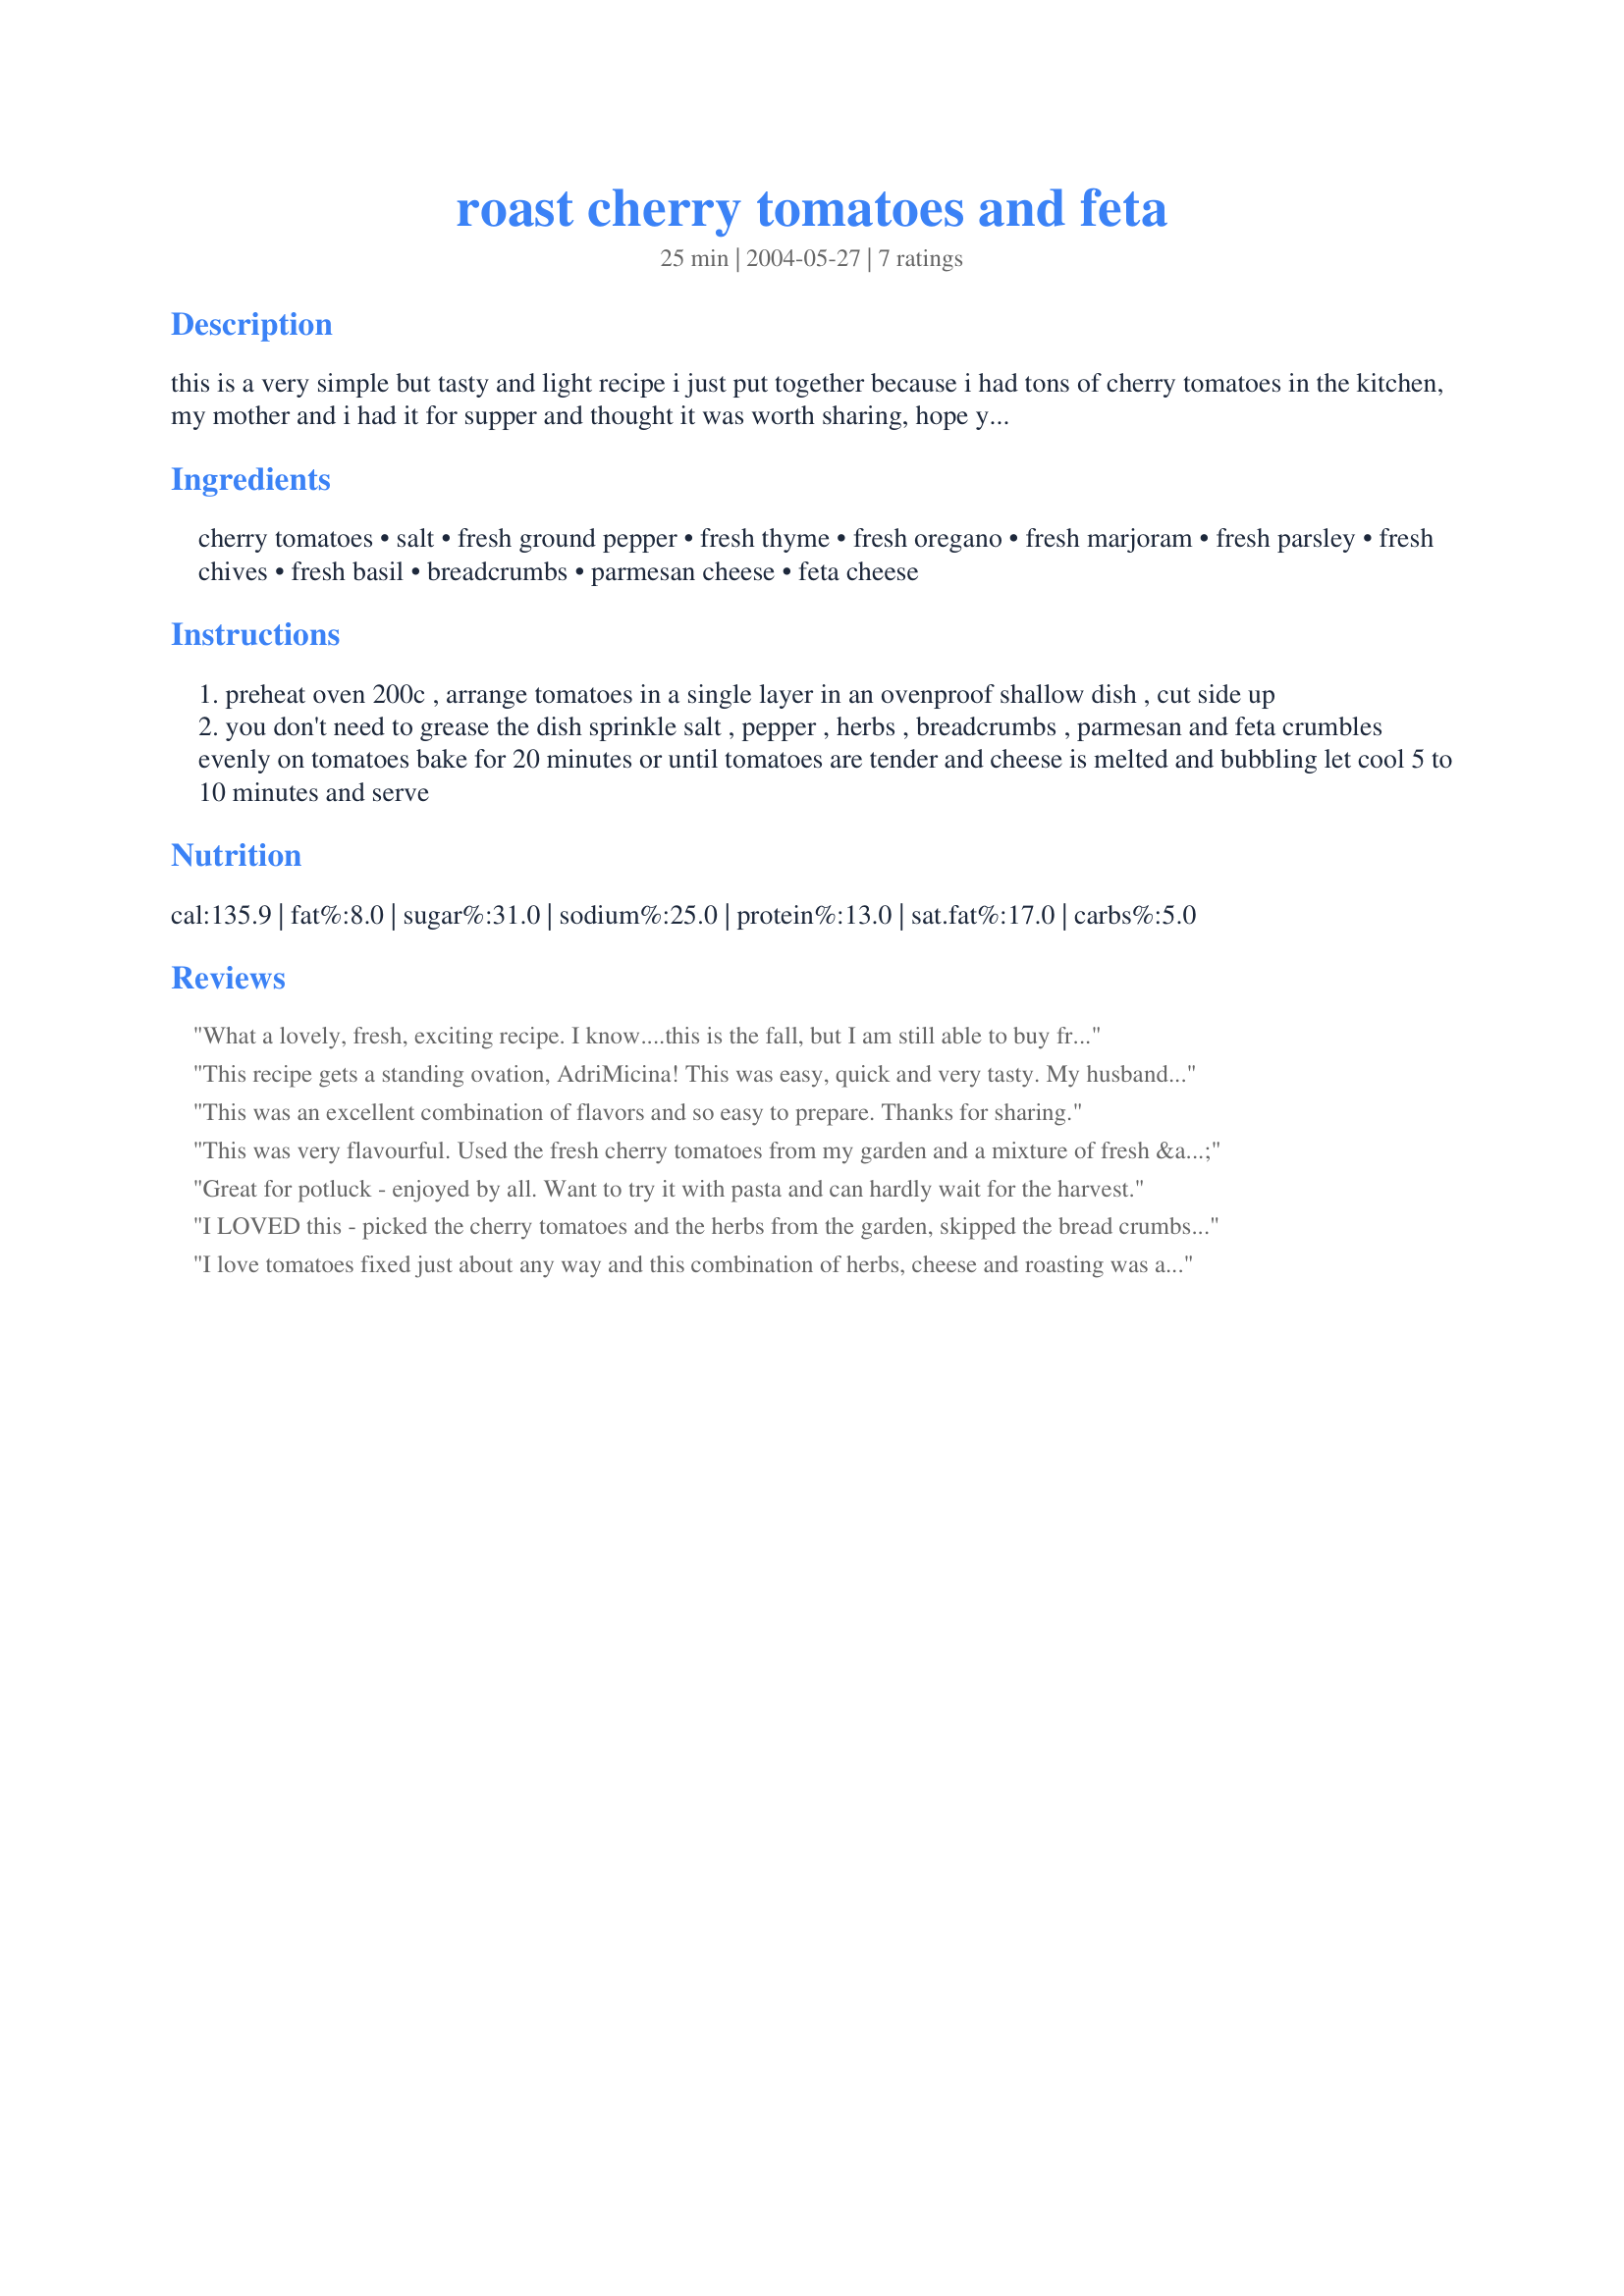
roast cherry tomatoes and feta
Preparation time: 25 minutes

this is a very simple but tasty and light recipe i just put together because i had tons of cherry tomatoes in the kitchen, my mother and i had it for supper and thought it was worth sharing, hope you like it too! we had it on its own, but it could be served on a bed of greens, as a side dish for grilled meat or fish, or even used as a pasta sauce...just use your fantasy!

Ingredients:
cherry tomatoes, salt, fresh ground pepper, fresh thyme, fresh oregano, fresh marjoram, fresh parsley, fresh chives, fresh basil, breadcrumbs, parmesan cheese, feta cheese

Steps:
preheat oven 200c , arrange tomatoes in a single layer in an ovenproof shallow dish , cut side up
you don't need to grease the dish sprinkle salt , pepper , herbs , breadcrumbs , parmesan and feta crumbles evenly on tomatoes bake for 20 minutes or until tomatoes are tender and cheese is melted and bubbling let cool 5 to 10 minutes and serve

Reviews:
What a lovely, fresh, exciting recipe. I know....this is the fall, but I am still able to buy fresh, farm grown tomatoes. I made this recipe excactly as directed, only I cut my tomatoes into wedges instead of using cherry tomatoes. Next came all the lovely herbs from my garden. It truly does make a difference if you use fresh herbs. The feta cheese added a wonderful contrast to the tomatoes and herbs. Truly a dish I can recommend, and I will definately use it again. Thanks so much for sharing your recipe.
This recipe gets a standing ovation, AdriMicina! This was easy, quick and very tasty. My husband just raved of the flavor it had. I follwed the recipe as stated and would not change a thing. Thank you for a wonderful recipe.
This was an excellent combination of flavors and so easy to prepare. Thanks for sharing.
This was very flavourful. Used the fresh cherry tomatoes from my garden and a mixture of fresh & dried herbs, the only problem was that the feta didn't seem to melt for me just stayed crumbly but I did use low fat Feta so maybe that had something to do with it. A great tasting side dish!!!
Great for potluck - enjoyed by all. Want to try it with pasta and can hardly wait for the harvest.
I LOVED this - picked the cherry tomatoes and the herbs from the garden, skipped the bread crumbs. I served it over fine spaghetti, and it was just sensational. Very attractive on the plate as well. This is a terrific recipe, and my husband thinks I am a kitchen genius tonight.
I love tomatoes fixed just about any way and this combination of herbs, cheese and roasting was absolutely fabulous. I used feta cheese that had mediterranean spices added in, so that was a bonus, along with the other spices from the recipe. After roasting till almost done, I broiled them for a couple of minutes...very good recipe...Thanks!!
